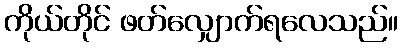
ကိုယ်တိုင် ဖတ်လျှောက်ရလေသည်။